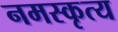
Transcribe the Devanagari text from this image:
नमस्कृत्य